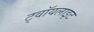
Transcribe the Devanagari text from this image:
ट्वॉयलाइट